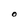
Character: O